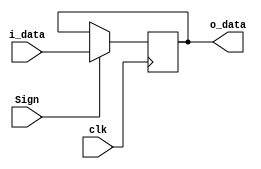
`timescale 1ns / 1ps

module Reg(
    input [31:0] i_data,  
    input clk, Sign,
    output reg [31:0] o_data
    );  
    always @(posedge clk) begin
        if(Sign) o_data <= i_data;
    end
endmodule